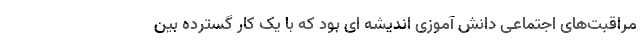
مراقبت‌‌های اجتماعی دانش آموزی اندیشه ای بود که با یک کار گسترده بین